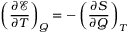
\left( { \frac { \partial { \mathcal { E } } } { \partial T } } \right) _ { Q } = - \left( { \frac { \partial S } { \partial Q } } \right) _ { T }